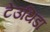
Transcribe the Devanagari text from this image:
टेउथिडा